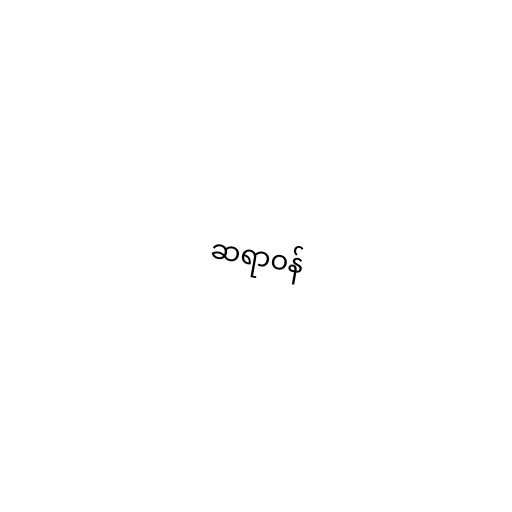
ဆရာဝန်